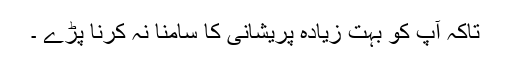
تاکہ آپ کو بہت زیادہ پریشانی کا سامنا نہ کرنا پڑے ۔